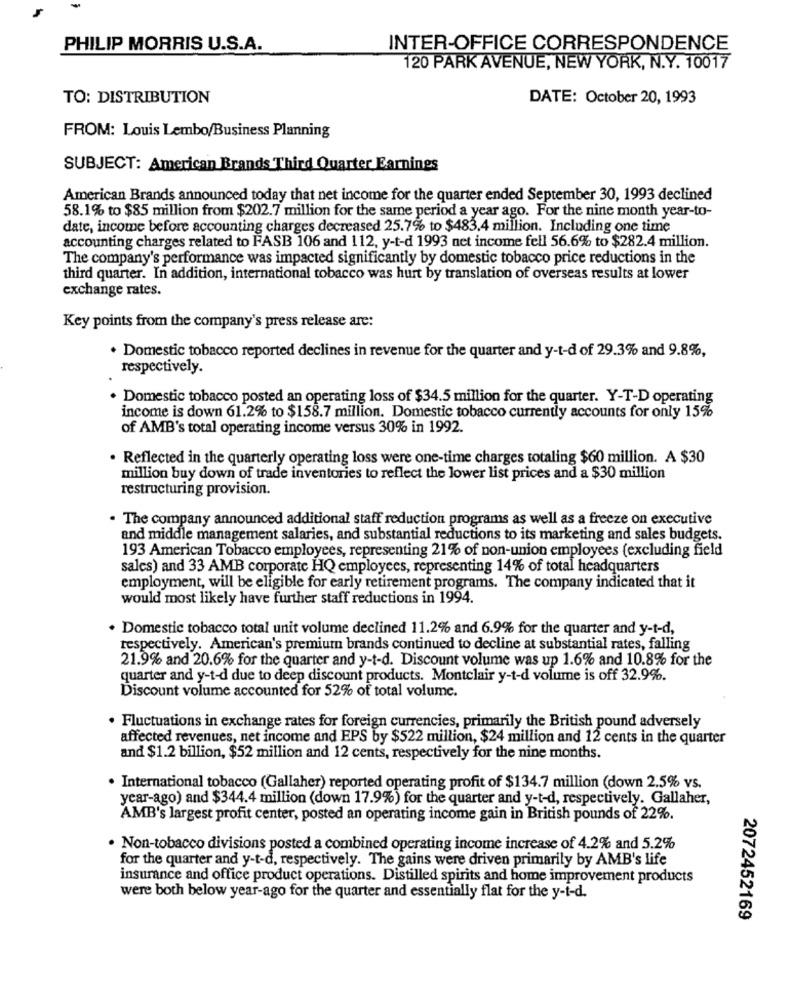
PHILIP MORRIS U.S.A.
INTER-OFFICE CORRESPONDENCE
120 PARK AVENUE, NEW YORK, N.Y. 10017
TO: DISTRIBUTION
DATE: October 20, 1993
FROM: Louis Lembo/Business Planning
SUBJECT: American Brands Third Quarter Earnings
American Brands announced today that net income for the quarter ended September 30, 1993 declined
58.1% to $85 million from $202.7 million for the same period a year ago. For the nine month year-to-
date, income before accounting charges decreased 25.7% to $483.4 million. Including one time
accounting charges related to FASB 106 and 112, y-t-d 1993 net income fell 56.6% to $282.4 million.
The company's performance was impacted significantly by domestic tobacco price reductions in the
third quarter. In addition, international tobacco was hurt by translation of overseas results at lower
exchange rates.
Key points from the company's press release are:
. Domestic tobacco reported declines in revenue for the quarter and y-t-d of 29.3% and 9.8%,
respectively.
. Domestic tobacco posted an operating loss of $34.5 million for the quarter. Y-T-D operating
income is down 61.2% to $158.7 million. Domestic tobacco currently accounts for only 15%
of AMB's total operating income versus 30% in 1992.
. Reflected in the quarterly operating loss were one-time charges totaling $60 million. A $30
million buy down of trade inventories to reflect the lower list prices and a $30 million
restructuring provision.
. The company announced additional staff reduction programs as well as a freeze on executive
and middle management salaries, and substantial reductions to its marketing and sales budgets.
193 American Tobacco employees, representing 21% of non-union employees (excluding field
sales) and 33 AMB corporate HQ employees, representing 14% of total headquarters
employment, will be eligible for early retirement programs. The company indicated that it
would most likely have further staff reductions in 1994.
. Domestic tobacco total unit volume declined 11.2% and 6.9% for the quarter and y-t-d,
respectively. American's premium brands continued to decline at substantial rates, falling
21.9% and 20.6% for the quarter and y-t-d. Discount volume was up 1.6% and 10.8% for the
quarter and y-t-d due to deep discount products. Montclair y-t-d volume is off 32.9%.
Discount volume accounted for 52% of total volume.
. Fluctuations in exchange rates for foreign currencies, primarily the British pound adversely
affected revenues, net income and EPS by $522 million, $24 million and 12 cents in the quarter
and $1.2 billion, $52 million and 12 cents, respectively for the nine months.
· International tobacco (Gallaher) reported operating profit of $134.7 million (down 2.5% vs.
year-ago) and $344.4 million (down 17.9%) for the quarter and y-t-d, respectively. Gallaher,
AMB's largest profit center, posted an operating income gain in British pounds of 22%.
· Non-tobacco divisions posted a combined operating income increase of 4.2% and 5.2%
for the quarter and y-t-d, respectively. The gains were driven primarily by AMB's life
insurance and office product operations. Distilled spirits and home improvement products
were both below year-ago for the quarter and essentially flat for the y-t-d.
2072452169